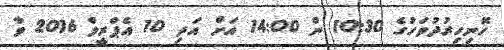
ހޮނިހިރުދުވަހުގެ 10:30 ން 14:00 އަށް އަދި 10 އެޕްރީލް 2016 ވާ